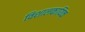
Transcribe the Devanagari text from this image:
विशालकायिक